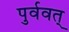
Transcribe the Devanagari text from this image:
पुर्ववत्